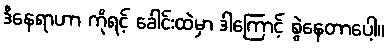
ဒီနေရာဟာ ကိုရင့် ခေါင်းထဲမှာ ဒါကြောင့် စွဲနေတာပေါ့။